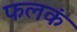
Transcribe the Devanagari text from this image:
फलकं